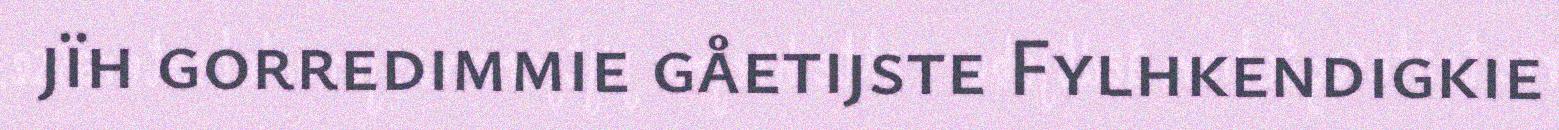
jïh gorredimmie gåetijste Fylhkendigkie